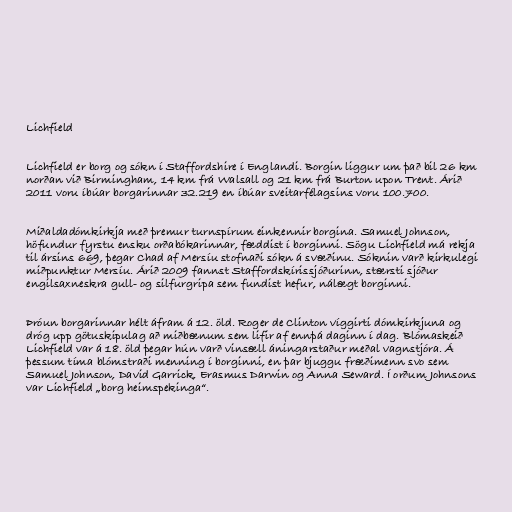
Lichfield

Lichfield er borg og sókn í Staffordshire í Englandi. Borgin liggur um það bil 26 km
norðan við Birmingham, 14 km frá Walsall og 21 km frá Burton upon Trent. Árið
2011 voru íbúar borgarinnar 32.219 en íbúar sveitarfélagsins voru 100.700.

Miðaldadómkirkja með þremur turnspírum einkennir borgina. Samuel Johnson,
höfundur fyrstu ensku orðabókarinnar, fæddist í borginni. Sögu Lichfield má rekja
til ársins 669, þegar Chad af Mersíu stofnaði sókn á svæðinu. Sóknin varð kirkulegi
miðpunktur Mersíu. Árið 2009 fannst Staffordskírissjóðurinn, stærsti sjóður
engilsaxneskra gull- og silfurgripa sem fundist hefur, nálægt borginni.

Þróun borgarinnar hélt áfram á 12. öld. Roger de Clinton víggirti dómkirkjuna og
dróg upp götuskipulag að miðbænum sem lifir af ennþá daginn í dag. Blómaskeið
Lichfield var á 18. öld þegar hún varð vinsæll áningarstaður meðal vagnstjóra. Á
þessum tíma blómstraði menning í borginni, en þar bjuggu fræðimenn svo sem
Samuel Johnson, David Garrick, Erasmus Darwin og Anna Seward. Í orðum Johnsons
var Lichfield „borg heimspekinga“.